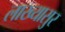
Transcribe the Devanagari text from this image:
लाख्यासुर